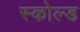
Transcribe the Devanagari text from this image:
स्कोल्ड